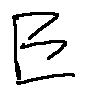
E